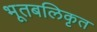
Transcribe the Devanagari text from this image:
भूतबलिकृत